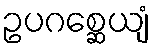
ဥပဂစ္ဆေယျံ